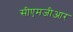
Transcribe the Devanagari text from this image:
सीएमजीआर